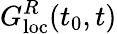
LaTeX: G_{\mathrm{loc}}^{R}(t_{0},t)